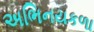
અભિનયકળા